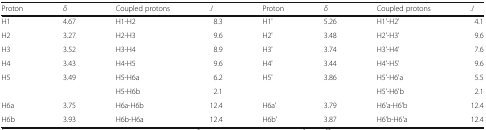
<table><thead><tr><td><b>Proton</b></td><td><b><i>δ</i></b></td><td><b>Coupled protons</b></td><td><b><i>J</i></b></td><td><b>Proton</b></td><td><b><i>δ</i></b></td><td><b>Coupled protons</b></td><td><b><i>J</i></b></td></tr></thead><tbody><tr><td>H1</td><td>4.67</td><td>H1-H2</td><td>8.3</td><td>H1&#x27;</td><td>5.26</td><td>H1&#x27;-H2&#x27;</td><td>4.1</td></tr><tr><td>H2</td><td>3.27</td><td>H2-H3</td><td>9.6</td><td>H2&#x27;</td><td>3.48</td><td>H2&#x27;-H3&#x27;</td><td>9.6</td></tr><tr><td>H3</td><td>3.52</td><td>H3-H4</td><td>8.9</td><td>H3&#x27;</td><td>3.74</td><td>H3&#x27;-H4&#x27;</td><td>7.6</td></tr><tr><td>H4</td><td>3.43</td><td>H4-H5</td><td>9.6</td><td>H4&#x27;</td><td>3.44</td><td>H4&#x27;-H5&#x27;</td><td>9.6</td></tr><tr><td>H5</td><td>3.49</td><td>H5-H6a</td><td>6.2</td><td>H5&#x27;</td><td>3.86</td><td>H5&#x27;-H6&#x27;a</td><td>5.5</td></tr><tr><td></td><td></td><td>H5-H6b</td><td>2.1</td><td></td><td></td><td>H5&#x27;-H6&#x27;b</td><td>2.1</td></tr><tr><td>H6a</td><td>3.75</td><td>H6a-H6b</td><td>12.4</td><td>H6a&#x27;</td><td>3.79</td><td>H6&#x27;a-H6&#x27;b</td><td>12.4</td></tr><tr><td>H6b</td><td>3.93</td><td>H6b-H6a</td><td>12.4</td><td>H6b&#x27;</td><td>3.87</td><td>H6&#x27;b-H6&#x27;a</td><td>12.4</td></tr></tbody></table>